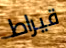
قيراط